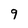
Character: 9